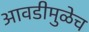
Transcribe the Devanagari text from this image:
आवडीमुळेच